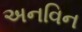
અનવિન